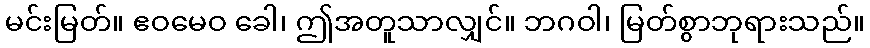
မင်းမြတ်။ ဧဝမေဝ ခေါ၊ ဤအတူသာလျှင်။ ဘဂဝါ၊ မြတ်စွာဘုရားသည်။